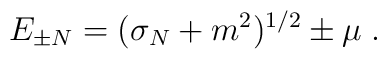
E_{\pm N}=(\sigma_N+m^2)^{1/2}\pm \mu\;.